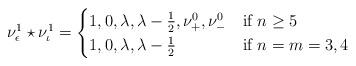
LaTeX: \begin{align*}\nu^{1}_\epsilon \star \nu^{1}_\iota = \begin{cases}1,0,\lambda, \lambda-\frac{1}{2}, \nu^{0}_+, \nu^{0}_- & \mbox{if } n \geq 5 \\1,0,\lambda, \lambda-\frac{1}{2} & \mbox{if } n=m =3 ,4\end{cases}\end{align*}